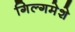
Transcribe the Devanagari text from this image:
गिल्गमेशे